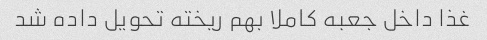
غذا داخل جعبه کاملا بهم ریخته تحویل داده شد